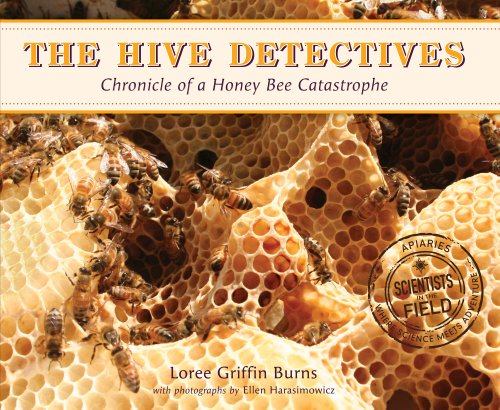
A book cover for The Hive Detectives: Chronicle of a Honey Bee Catastrophe (Scientists in the Field Series); Loree Griffin Burns; Children's Books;